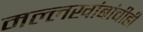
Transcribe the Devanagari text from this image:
मल्लखांबांचीही